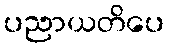
ပညာယတိပေ